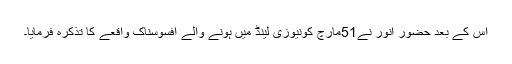
اس کے بعد حضور انور نے51مارچ کونیوزی لینڈ میں ہونے والے افسوسناک واقعے کا تذکرہ فرمایا۔